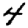
Digit: 4